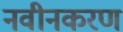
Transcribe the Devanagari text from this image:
नवीनकरण